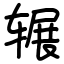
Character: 辗